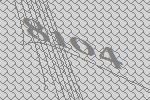
8104